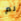
لم